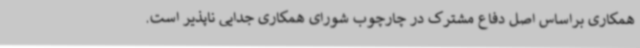
همکاری براساس اصل دفاع مشترک در چارچوب شورای همکاری جدایی ناپذیر است.